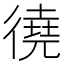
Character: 徺